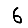
Digit: 6